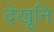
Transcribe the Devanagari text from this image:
देखूनि